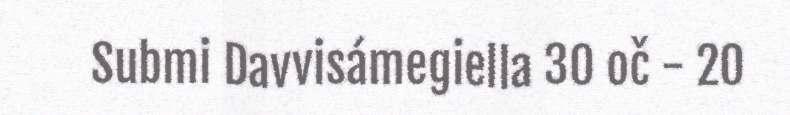
Submi Davvisámegiella 30 oč - 20